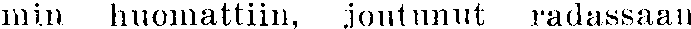
min huomattiin, joutunut radassaan